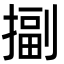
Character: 㨽